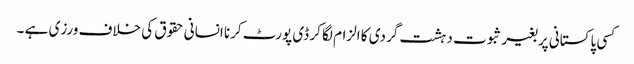
کسی پاکستانی پر بغیر ثبوت دہشت گردی کا الزام لگا کر ڈی پورٹ کرنا انسانی حقوق کی خلاف ورزی ہے ۔